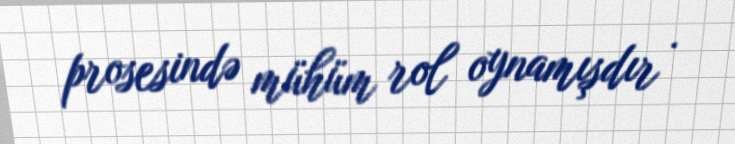
prosesində mühüm rol oynamışdır .